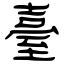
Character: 臺